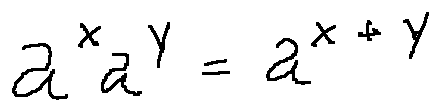
a ^ { x } a ^ { y } = a ^ { x + y }